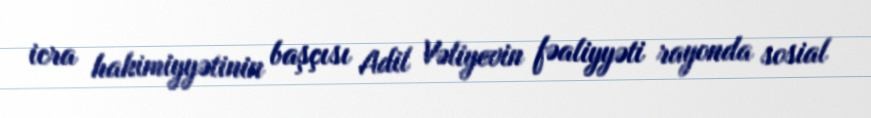
icra hakimiyyətinin başçısı Adil Vəliyevin fəaliyyəti rayonda sosial